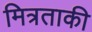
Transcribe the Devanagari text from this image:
मित्रताकी